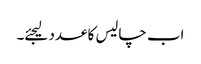
اب چالیس کا عدد لیجئے۔